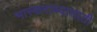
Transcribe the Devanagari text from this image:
भास्कराच्यासाठी